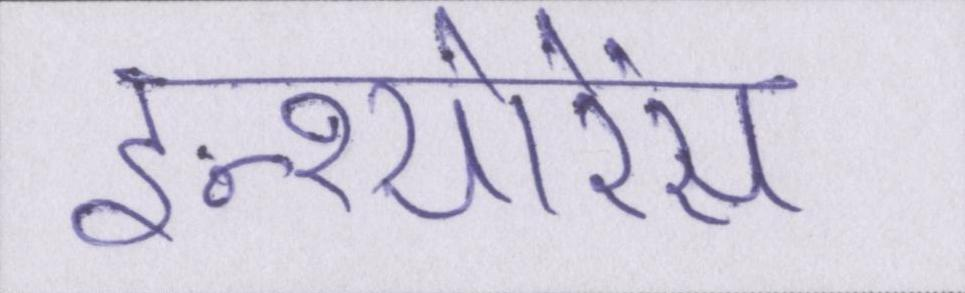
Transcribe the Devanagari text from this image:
इन्श्योरेंस